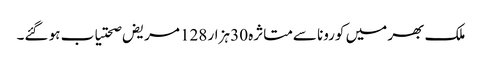
ملک بھر میں کورونا سےمتاثرہ 30 ہزار 128 مریض صحتیاب ہو گئے۔